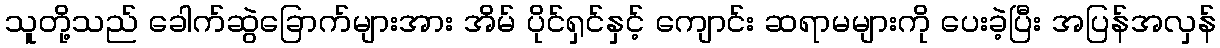
သူတို့သည် ခေါက်ဆွဲခြောက်များအား အိမ် ပိုင်ရှင်နှင့် ကျောင်း ဆရာမများကို ပေးခဲ့ပြီး အပြန်အလှန်